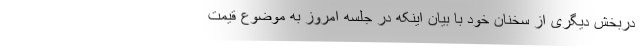
دربخش دیگری از سخنان خود با بیان اینکه در جلسه امروز به موضوع قیمت